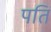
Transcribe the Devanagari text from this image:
पतिं